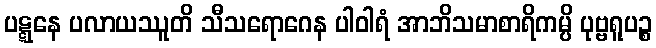
ပဋ္ဋနေ ပလာယဿူတိ သီသရောဂေန ပါဝါရံ အာဘိသမာစာရိကမ္ပိ ပုဗ္ဗရူပဉ္စ